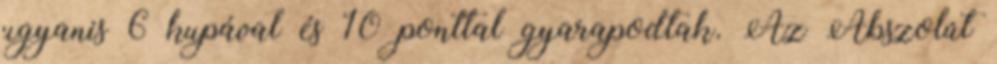
ugyanis 6 kupával és 10 ponttal gyarapodtak. Az Abszolút